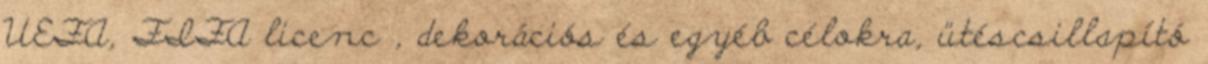
UEFA, FIFA licenc , dekorációs és egyéb célokra, ütéscsillapító